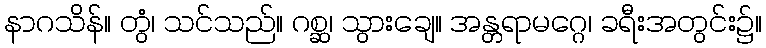
နာဂသိန်။ တွံ၊ သင်သည်။ ဂစ္ဆ၊ သွားချေ။ အန္တရာမဂ္ဂေ၊ ခရီးအတွင်း၌။